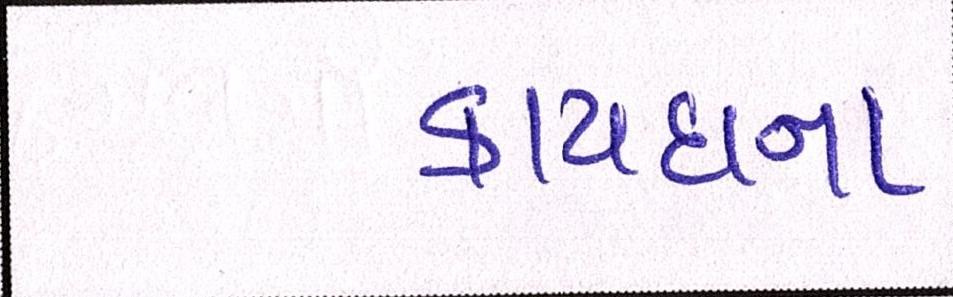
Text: કાયદાના